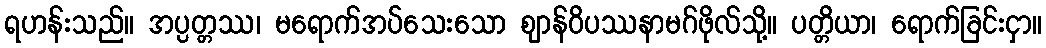
ရဟန်းသည်။ အပ္ပတ္တဿ၊ မရောက်အပ်သေးသော ဈာန်ဝိပဿနာမဂ်ဖိုလ်သို့။ ပတ္တိယာ၊ ရောက်ခြင်းငှာ။